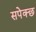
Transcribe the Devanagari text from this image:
सपेक्छ